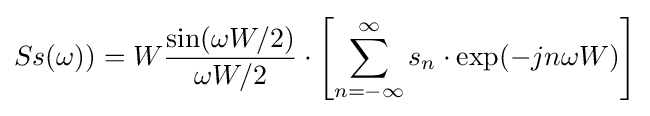
Ss(\omega ))=W{\frac {\sin(\omega W/2)}{\omega W/2}}\cdot \left[\sum _{n=-\infty }^{\infty }s_{n}\cdot \exp(-jn\omega W)\right]